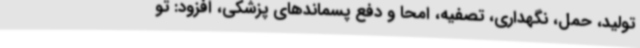
تولید، حمل، نگهداری، تصفیه، امحا و دفع پسماندهای پزشکی، افزود: تو